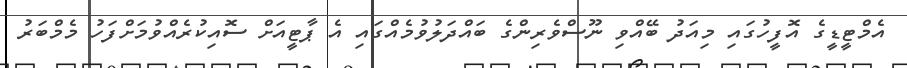
އެމްޓީޑީގެ އޮފީހުގައި މިއަދު ބޭއްވި ނޫސްވެރިންގެ ބައްދަލުވުމެއްގައި އެ ޕާޓީއަށް ސޮއިކުރެއްވުމަށްފަހު މެމްބަރު